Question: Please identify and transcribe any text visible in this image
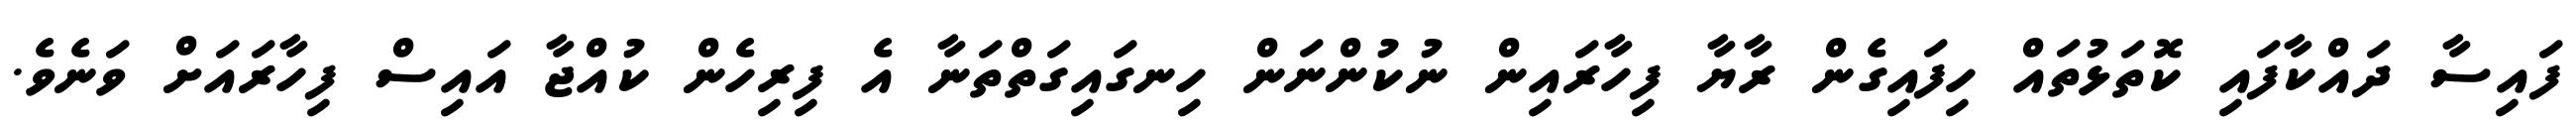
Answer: ފައިސާ ދައްކާފައި ކޮތަޅުތައް ހިފައިގެން ރާޔާ ފިހާރައިން ނުކުންނަން ހިނގައިގަތްތަނާ އެ ފިރިހެން ކުއްޖާ އައިސް ފިހާރައަށް ވަނެވެ.